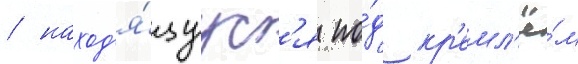
/ наход'я́щуус'я по́д кр'емл'ё́м